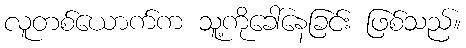
လူတစ်ယောက်က သူ့ကိုခေါ်နေခြင်း ဖြစ်သည်။